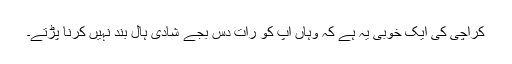
کراچی کی ایک خوبی یہ ہے کہ وہاں آپ کو رات دس بجے شادی ہال بند نہیں کرنا پڑتے۔